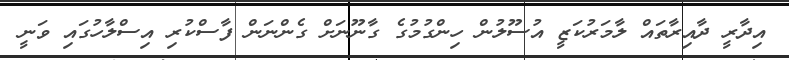
އިދާރީ ދާއިރާތައް ލާމަރުކަޒީ އުސޫލުން ހިންގުމުގެ ގާނޫނަށް ގެންނަން ފާސްކުރި އިސްލާހުގައި ވަނީ